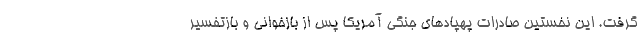
گرفت. این نخستین صادرات پهپادهای جنگی آمریکا پس از بازخوانی و بازتفسیر